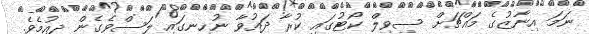
ނަމަ އިނާޒުގެ މައްޗަށް ސިވިލް ކޯޓުގައި ކުރާ ދައުވާ ނުހިނގައި ލަސްވެގެން ދިއުމެވެ.